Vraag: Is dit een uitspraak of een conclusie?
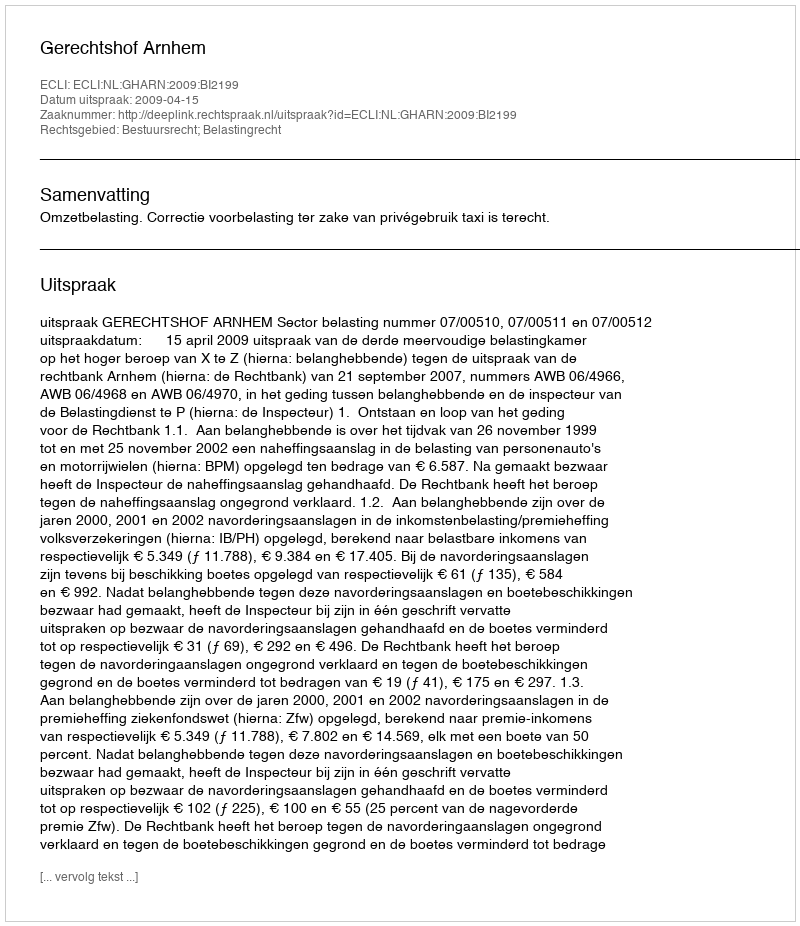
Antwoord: Uitspraak